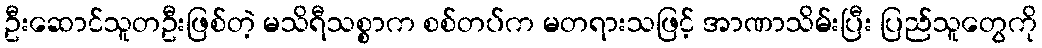
ဦးဆောင်သူတဦးဖြစ်တဲ့ မသိရီသစ္စာက စစ်တပ်က မတရားသဖြင့် အာဏာသိမ်းပြီး ပြည်သူတွေကို